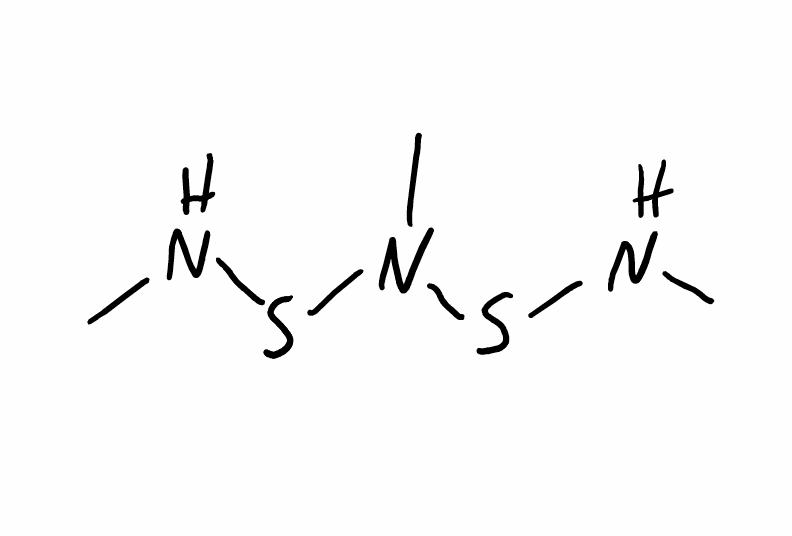
Simplified molecular-input line-entry system (SMILES) notation of the given molecule:
CNSN(C)SNC